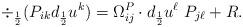
LaTeX: \begin{align*}\div_{\frac{1}{2}} (P_{ik} d_{\frac{1}{2}} u^k) =\Omega_{ij}^P \cdot d_{\frac{1}{2}}u^\ell\ P_{j\ell} + R. \end{align*}